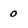
Character: O